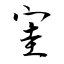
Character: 宔